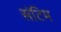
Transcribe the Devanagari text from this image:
संटिम